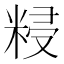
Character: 𥺑